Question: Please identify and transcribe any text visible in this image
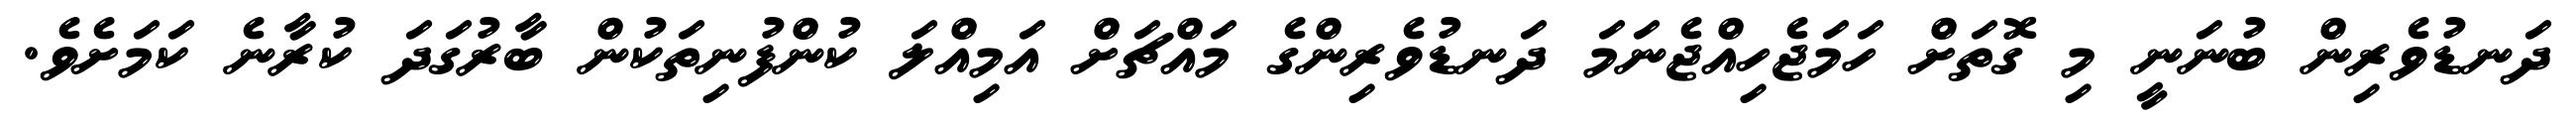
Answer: ދަނޑުވެރިން ބުނަނީ މި ގޮތަށް ހަމަޖެހިއްޖެނަމަ ދަނޑުވެރިންގެ މައްޗަށް އަމިއްލަ ކުންފުނިތަކުން ބާރުގަދަ ކުރާނެ ކަމަށެވެ.